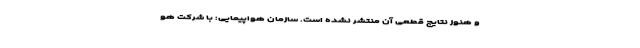
و هنوز نتایج قطعی آن منتشر نشده است. سازمان هواپیمایی: با شرکت هو